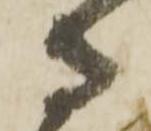
守